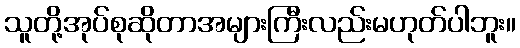
သူတို့အုပ်စုဆိုတာအများကြီးလည်းမဟုတ်ပါဘူး။